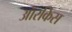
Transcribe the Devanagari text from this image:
ऑरकिस